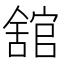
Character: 舘